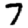
Digit: 7